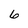
Character: 6